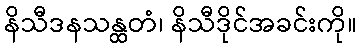
နိသီဒနသန္ထတံ၊ နိသီဒိုင်အခင်းကို။